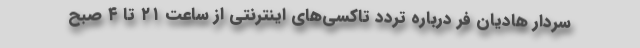
سردار هادیان فر درباره تردد تاکسی‌های اینترنتی از ساعت ۲۱ تا ۴ صبح